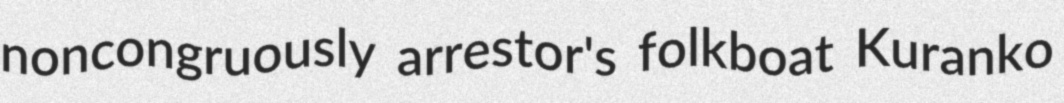
noncongruously arrestor's folkboat Kuranko